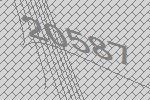
20587